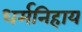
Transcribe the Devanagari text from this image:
धर्मनिहाय